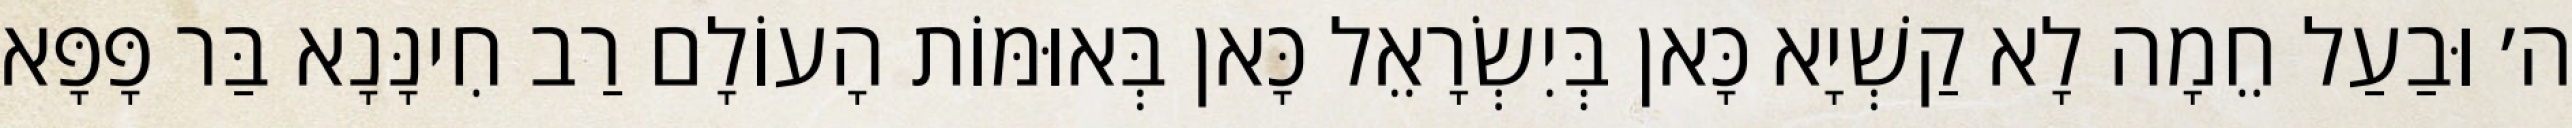
ה׳ וּבַעַל חֵמָה לָא קַשְׁיָא כָּאן בְּיִשְׂרָאֵל כָּאן בְּאוּמּוֹת הָעוֹלָם רַב חִינָּנָא בַּר פָּפָּא